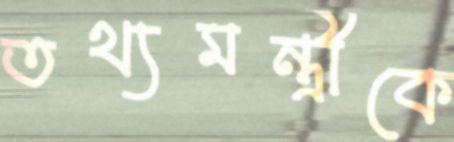
তথ্যমন্ত্রীকে